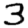
Digit: 3